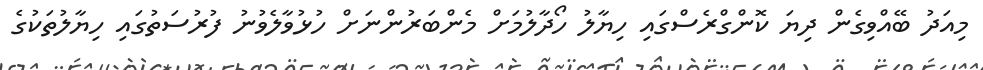
މިއަދު ބޭއްވިގެން ދިޔަ ކޮންގްރެސްގައި ހިޔާލު ހޯދާލުމަށް މެންބަރުންނަށް ހުޅުވާލެވުނު ފުރުސަތުގައި ހިޔާލުތަކުގެ